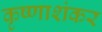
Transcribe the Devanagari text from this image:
कृष्णाशंकर